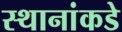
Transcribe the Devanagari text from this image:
स्थानांकडे